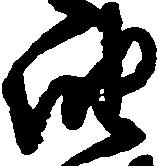
油